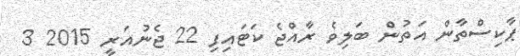
ޕާކިސްތާން އަތުން ބަލިވެ ރާއްޖެ ކަޓައިފި 22 ޖެނުއަރީ 2015 3